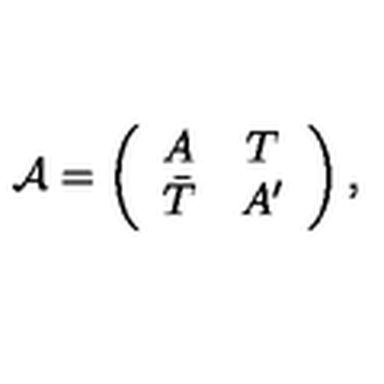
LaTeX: { \mathcal A } = \left( \begin{array} { c c } { A } & { T } \\ { \bar { T } } & { A ^ { \prime } } \\ \end{array} \right) ,